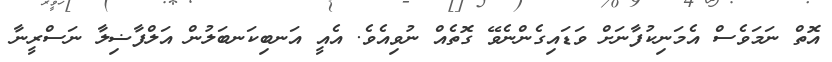
އޮތް ނަމަވެސް އެމަނިކުފާނަށް ވަޑައިގެންނެވޭ ގޮތެއް ނުވިއެވެ. އެއީ އަނބިކަނބަލުން އަލްފާޟިލާ ނަސްރީނާ